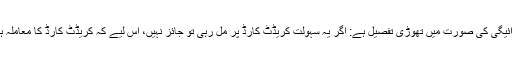
اے ٹی ایم کے ذریعے کھانے کے بل کی ادائیگی کی صورت میں تھوڑی تفصیل ہے: اگر یہ سہولت کریڈٹ کارڈ پر مل رہی تو جائز نہیں، اس لیے کہ کریڈٹ کارڈ کا معاملہ ہی سود پر مشتمل ہونے کی بنا پرناجائز ہے۔